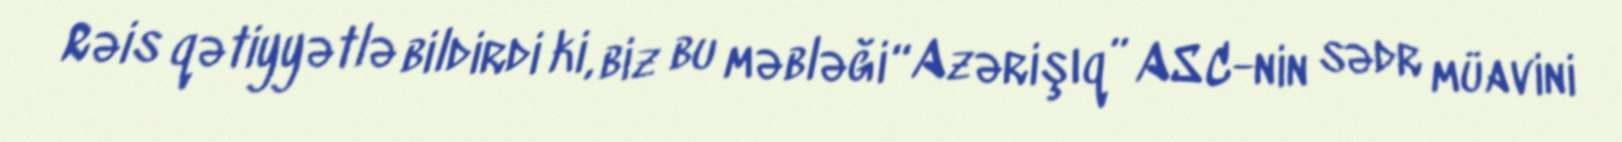
Rəis qətiyyətlə bildirdi ki, biz bu məbləği “Azərişıq” ASC-nin sədr müavini